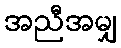
အညီအမျှ